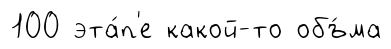
100 эта́п'е какой-то объ́ма